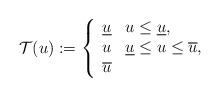
LaTeX: \begin{align*}\mathcal{T}(u):=\left\{ \begin{array}{ll}\underline{u} & u\leq \underline{u}, \\ u & \underline{u}\leq u\leq \overline{u}, \\ \overline{u} & \end{array}\right. \end{align*}